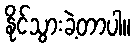
နိုင်သွားခဲ့တာပါ။